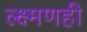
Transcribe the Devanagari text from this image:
ल्क्ष्मणही